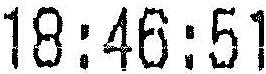
18:46:51